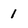
Character: 1